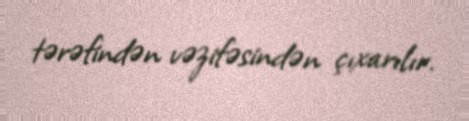
tərəfindən vəzifəsindən çıxarılır.